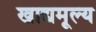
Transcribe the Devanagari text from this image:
खाद्यमूल्य